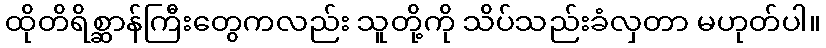
ထိုတိရိစ္ဆာန်ကြီးတွေကလည်း သူတို့ကို သိပ်သည်းခံလှတာ မဟုတ်ပါ။